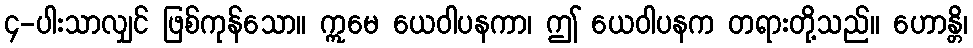
၄-ပါးသာလျှင် ဖြစ်ကုန်သော။ ဣမေ ယေဝါပနကာ၊ ဤ ယေဝါပနက တရားတို့သည်။ ဟောန္တိ၊